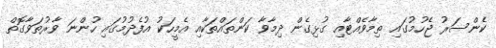
ކެންސަރު ޖެހުމުގައި ތިމާވެއްޓާއި ގުޅިގެން ދިމާވާ ކަންތައްތަކާއި އެމީހަކު އުފެދުމުގައި ހުންނަ ވާރުތަވާގޮތް